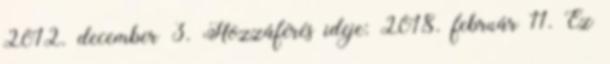
2012. december 3. Hozzáférés ideje: 2018. február 11. Ez